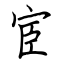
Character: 宦